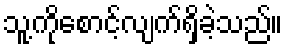
သူ့ကိုစောင့်လျက်ရှိခဲ့သည်။